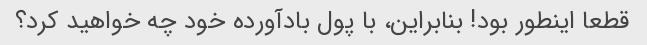
قطعا اینطور بود! بنابراین، با پول بادآورده خود چه خواهید کرد؟